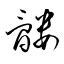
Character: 髏